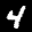
Label: 4